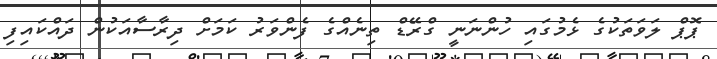
ޕޮޕް ލަވަތަކުގެ ޅެމުގައި ހުންނަނީ ގްރޭޑް ތިނެއްގެ ފެންވަރު ކަމަށް ދިރާސާއަކުން ދައްކައިފި